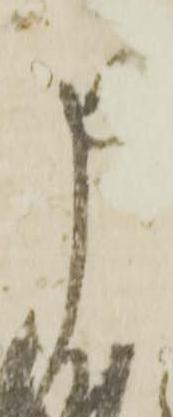
申